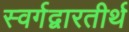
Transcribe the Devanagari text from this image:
स्वर्गद्वारतीर्थ